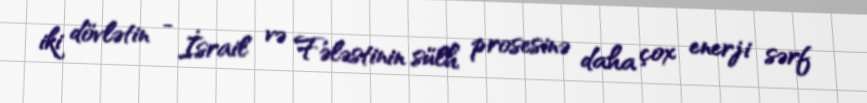
iki dövlətin - İsrail və Fələstinin sülh prosesinə daha çox enerji sərf